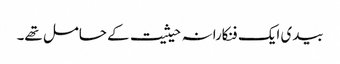
بیدی ایک فنکارانہ حیثیت کے حامل تھے۔